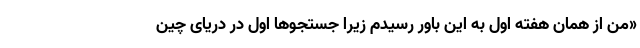
«من از همان هفته اول به این باور رسیدم زیرا جستجوها اول در دریای چین